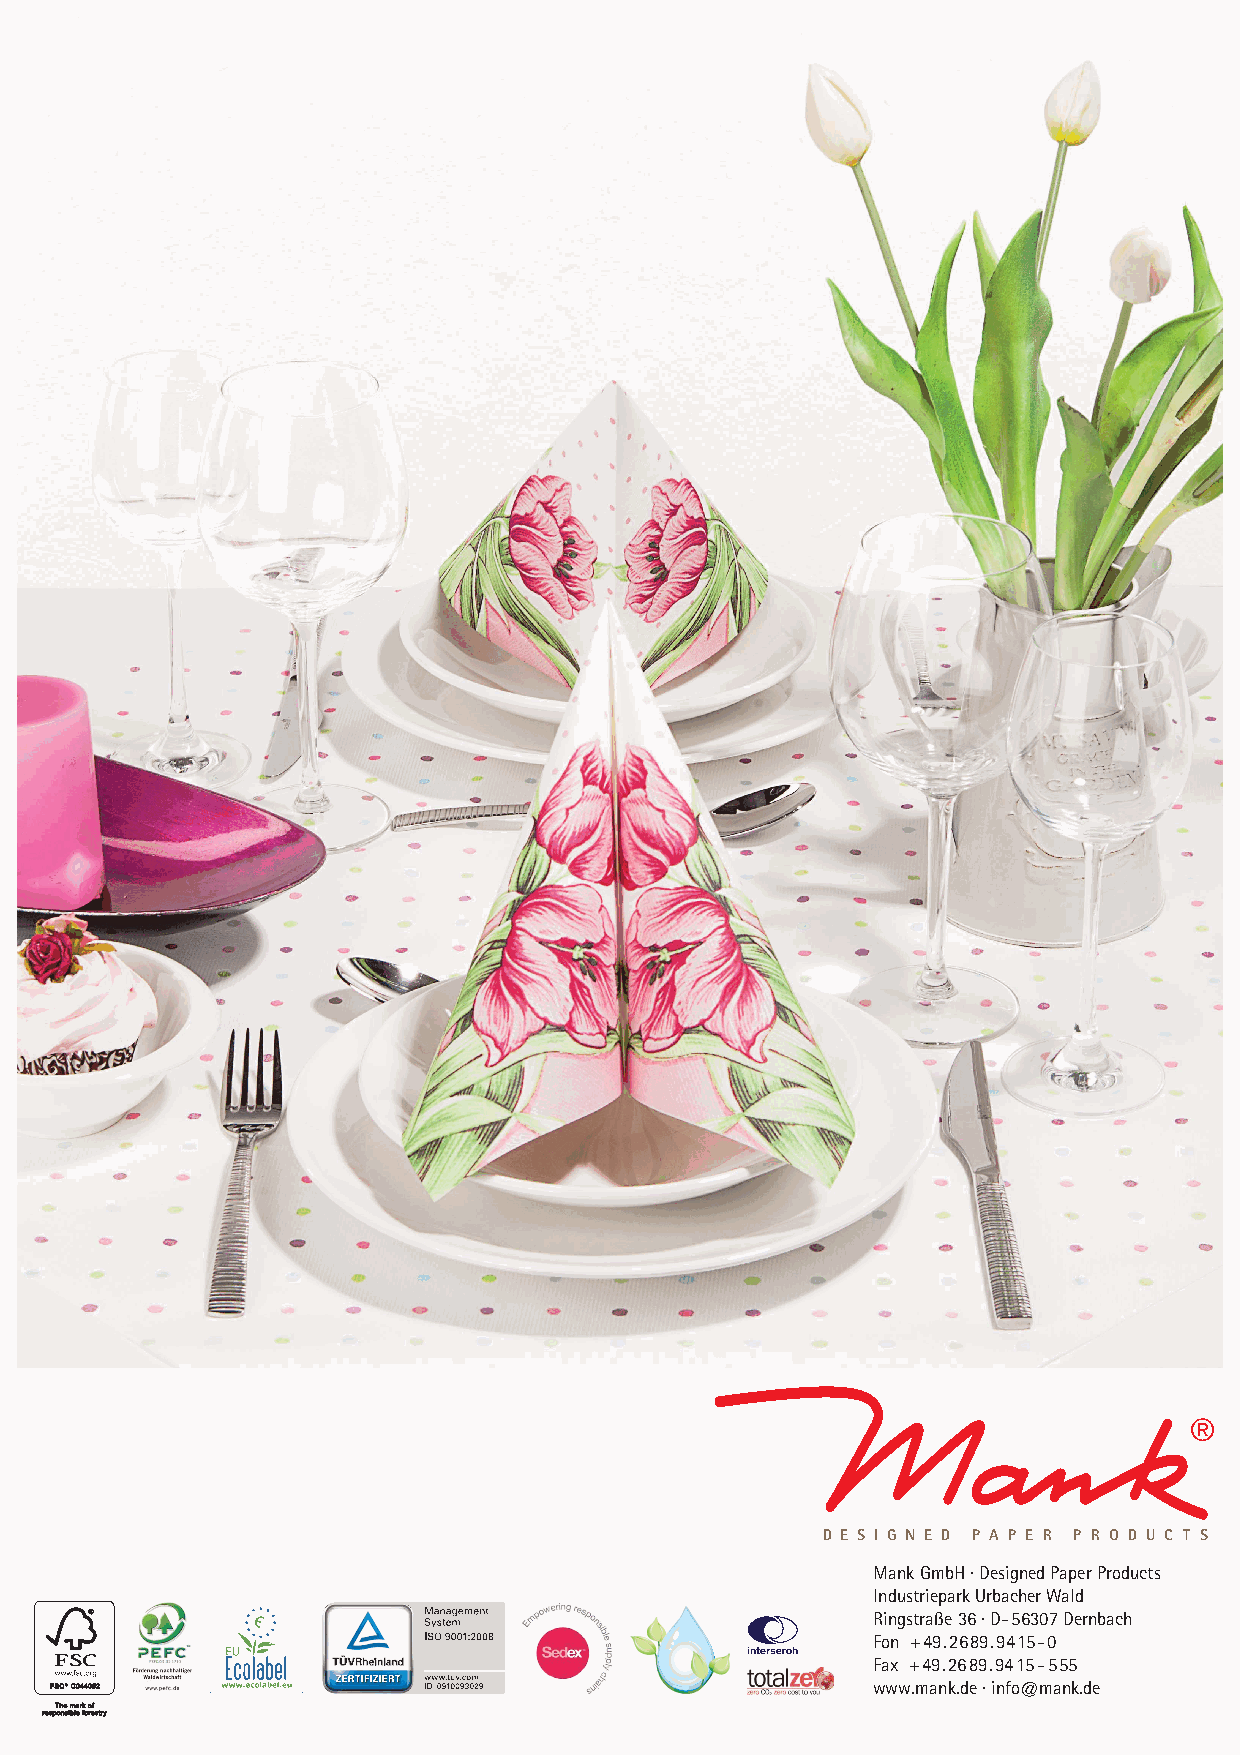
D E S I G N E D P A P E R P R O D U C T S
 Mank GmbH · Designed Paper Products
 Industriepark Urbacher Wald
 Ringstraße 36 · D-56307 Dernbach
 Fon +49.2689.9415-0
 Fax +49.2689.9415-555
 www.mank.de · info@mank.de